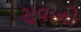
સૂવાનો